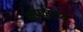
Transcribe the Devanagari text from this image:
जपजाप्य